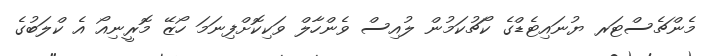
މެންޗެސްޓަރ ޔުނައިޓެޑްގެ ކޯޗުކަމުން ލުއިސް ވެންހާލް ވަކިކޮށްފިނަމަ ހޯޒޭ މޮރީނިއޯ އެ ކްލަބުގެ